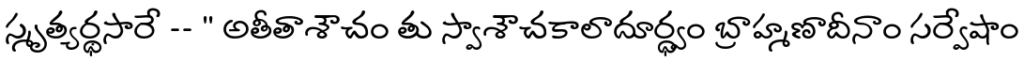
స్మృత్యర్థసారే -- " అతీతాశౌచం తు స్వాశౌచకాలాదూర్ధ్వం బ్రాహ్మణాదీనాం సర్వేషాం